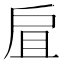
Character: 𢨷